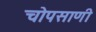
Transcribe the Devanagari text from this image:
चोपसाणी